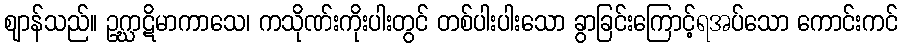
ဈာန်သည်။ ဥဂ္ဃာဋိမာကာသေ၊ ကသိုဏ်းကိုးပါးတွင် တစ်ပါးပါးသော ခွာခြင်းကြောင့်ရအပ်သော ကောင်းကင်